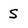
Character: S